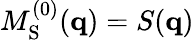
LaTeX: M_{\mathrm{S}}^{(0)}(\mathbf{q})=S(\mathbf{q})